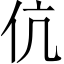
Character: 伉